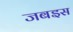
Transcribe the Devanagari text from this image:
जबइस